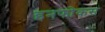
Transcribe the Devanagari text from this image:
इनफोकस